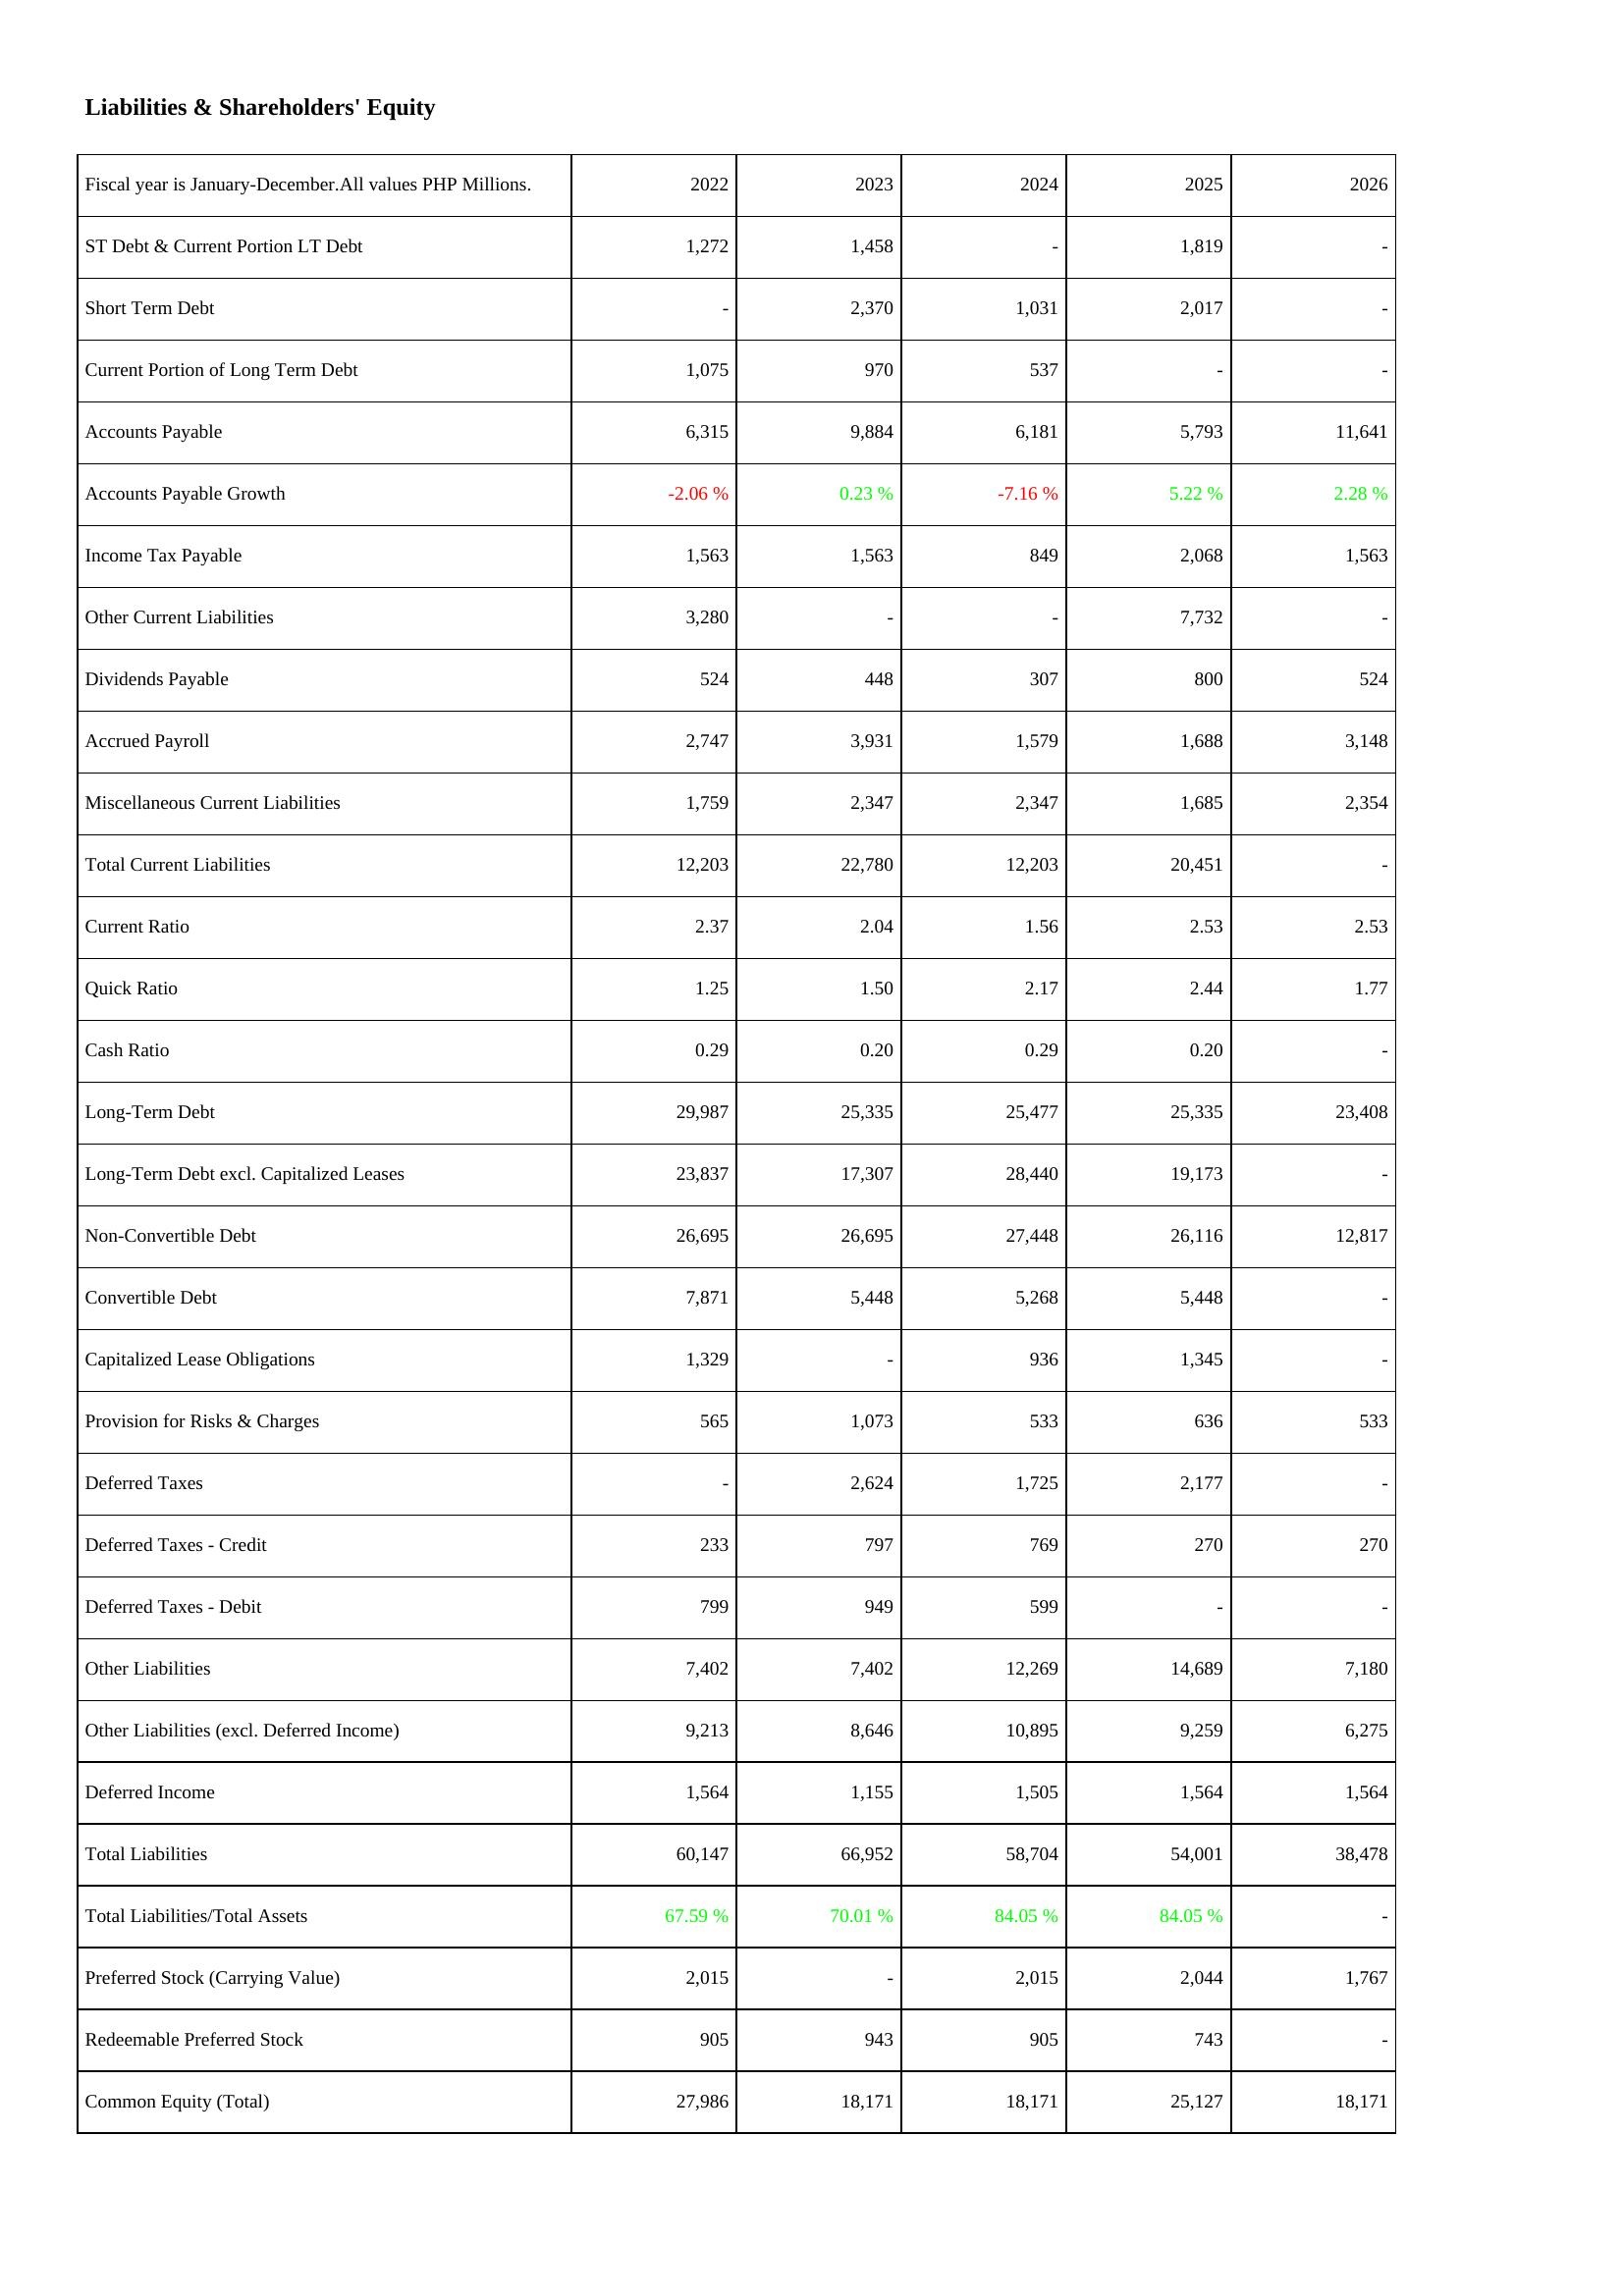
2022: Liabilities & Shareholders' Equity: ST Debt & Current Portion LT Debt: 1,272
Short Term Debt: -
Current Portion of Long Term Debt: 1,075
Accounts Payable: 6,315
Accounts Payable Growth: -2.06 %
Income Tax Payable: 1,563
Other Current Liabilities: 3,280
Dividends Payable: 524
Accrued Payroll: 2,747
Miscellaneous Current Liabilities: 1,759
Total Current Liabilities: 12,203
Current Ratio: 2.37
Quick Ratio: 1.25
Cash Ratio: 0.29
Long-Term Debt: 29,987
Long-Term Debt excl. Capitalized Leases: 23,837
Non-Convertible Debt: 26,695
Convertible Debt: 7,871
Capitalized Lease Obligations: 1,329
Provision for Risks & Charges: 565
Deferred Taxes: -
Deferred Taxes - Credit: 233
Deferred Taxes - Debit: 799
Other Liabilities: 7,402
Other Liabilities (excl. Deferred Income): 9,213
Deferred Income: 1,564
Total Liabilities: 60,147
Total Liabilities/Total Assets: 67.59 %
Preferred Stock (Carrying Value): 2,015
Redeemable Preferred Stock: 905
Common Equity (Total): 27,986
2023: Liabilities & Shareholders' Equity: ST Debt & Current Portion LT Debt: 1,458
Short Term Debt: 2,370
Current Portion of Long Term Debt: 970
Accounts Payable: 9,884
Accounts Payable Growth: 0.23 %
Income Tax Payable: 1,563
Other Current Liabilities: -
Dividends Payable: 448
Accrued Payroll: 3,931
Miscellaneous Current Liabilities: 2,347
Total Current Liabilities: 22,780
Current Ratio: 2.04
Quick Ratio: 1.50
Cash Ratio: 0.20
Long-Term Debt: 25,335
Long-Term Debt excl. Capitalized Leases: 17,307
Non-Convertible Debt: 26,695
Convertible Debt: 5,448
Capitalized Lease Obligations: -
Provision for Risks & Charges: 1,073
Deferred Taxes: 2,624
Deferred Taxes - Credit: 797
Deferred Taxes - Debit: 949
Other Liabilities: 7,402
Other Liabilities (excl. Deferred Income): 8,646
Deferred Income: 1,155
Total Liabilities: 66,952
Total Liabilities/Total Assets: 70.01 %
Preferred Stock (Carrying Value): -
Redeemable Preferred Stock: 943
Common Equity (Total): 18,171
2024: Liabilities & Shareholders' Equity: ST Debt & Current Portion LT Debt: -
Short Term Debt: 1,031
Current Portion of Long Term Debt: 537
Accounts Payable: 6,181
Accounts Payable Growth: -7.16 %
Income Tax Payable: 849
Other Current Liabilities: -
Dividends Payable: 307
Accrued Payroll: 1,579
Miscellaneous Current Liabilities: 2,347
Total Current Liabilities: 12,203
Current Ratio: 1.56
Quick Ratio: 2.17
Cash Ratio: 0.29
Long-Term Debt: 25,477
Long-Term Debt excl. Capitalized Leases: 28,440
Non-Convertible Debt: 27,448
Convertible Debt: 5,268
Capitalized Lease Obligations: 936
Provision for Risks & Charges: 533
Deferred Taxes: 1,725
Deferred Taxes - Credit: 769
Deferred Taxes - Debit: 599
Other Liabilities: 12,269
Other Liabilities (excl. Deferred Income): 10,895
Deferred Income: 1,505
Total Liabilities: 58,704
Total Liabilities/Total Assets: 84.05 %
Preferred Stock (Carrying Value): 2,015
Redeemable Preferred Stock: 905
Common Equity (Total): 18,171
2025: Liabilities & Shareholders' Equity: ST Debt & Current Portion LT Debt: 1,819
Short Term Debt: 2,017
Current Portion of Long Term Debt: -
Accounts Payable: 5,793
Accounts Payable Growth: 5.22 %
Income Tax Payable: 2,068
Other Current Liabilities: 7,732
Dividends Payable: 800
Accrued Payroll: 1,688
Miscellaneous Current Liabilities: 1,685
Total Current Liabilities: 20,451
Current Ratio: 2.53
Quick Ratio: 2.44
Cash Ratio: 0.20
Long-Term Debt: 25,335
Long-Term Debt excl. Capitalized Leases: 19,173
Non-Convertible Debt: 26,116
Convertible Debt: 5,448
Capitalized Lease Obligations: 1,345
Provision for Risks & Charges: 636
Deferred Taxes: 2,177
Deferred Taxes - Credit: 270
Deferred Taxes - Debit: -
Other Liabilities: 14,689
Other Liabilities (excl. Deferred Income): 9,259
Deferred Income: 1,564
Total Liabilities: 54,001
Total Liabilities/Total Assets: 84.05 %
Preferred Stock (Carrying Value): 2,044
Redeemable Preferred Stock: 743
Common Equity (Total): 25,127
2026: Liabilities & Shareholders' Equity: ST Debt & Current Portion LT Debt: -
Short Term Debt: -
Current Portion of Long Term Debt: -
Accounts Payable: 11,641
Accounts Payable Growth: 2.28 %
Income Tax Payable: 1,563
Other Current Liabilities: -
Dividends Payable: 524
Accrued Payroll: 3,148
Miscellaneous Current Liabilities: 2,354
Total Current Liabilities: -
Current Ratio: 2.53
Quick Ratio: 1.77
Cash Ratio: -
Long-Term Debt: 23,408
Long-Term Debt excl. Capitalized Leases: -
Non-Convertible Debt: 12,817
Convertible Debt: -
Capitalized Lease Obligations: -
Provision for Risks & Charges: 533
Deferred Taxes: -
Deferred Taxes - Credit: 270
Deferred Taxes - Debit: -
Other Liabilities: 7,180
Other Liabilities (excl. Deferred Income): 6,275
Deferred Income: 1,564
Total Liabilities: 38,478
Total Liabilities/Total Assets: -
Preferred Stock (Carrying Value): 1,767
Redeemable Preferred Stock: -
Common Equity (Total): 18,171